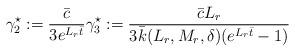
LaTeX: \begin{align*}\begin{aligned}\gamma_2^\star := \dfrac{\bar c}{3 e^{ L_r \bar{t}}}\gamma_3^\star := \dfrac{\bar c L_r }{3 \bar k(L_r,M_r, \delta) (e^{ L_r \bar{t}}-1)}\end{aligned}\end{align*}